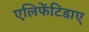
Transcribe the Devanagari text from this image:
एलिफेंटिडाए